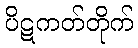
ပိဋကတ်တိုက်